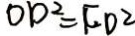
O D ^ { 2 } = F D ^ { 2 }